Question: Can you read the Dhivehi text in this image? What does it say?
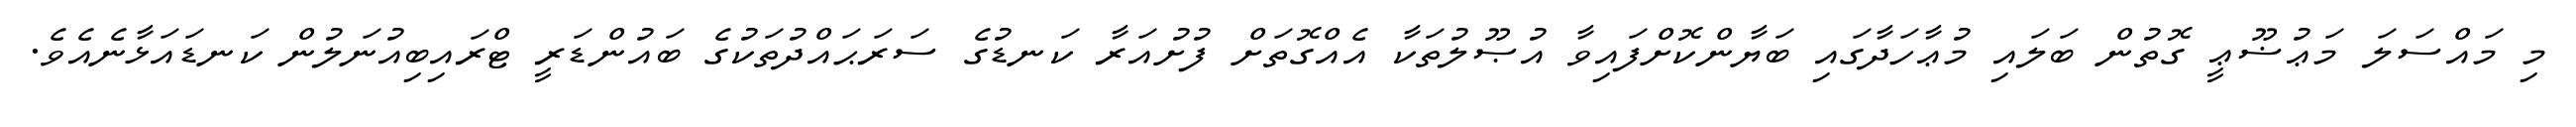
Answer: މި މައްސަލަ މަޢުޟޫޢީ ގޮތުން ބަލައި މުޢާހަދާގައި ބަޔާންކޮށްފައިވާ އުޞޫލުތަކާ އެއްގޮތަށް ފުށުއަރާ ކަނޑުގެ ސަރަޙައްދުތަކުގެ ބައުންޑަރީ ޓްރައިބިއުނަލުން ކަނޑައަޅާނެއެވެ.